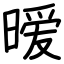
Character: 暧